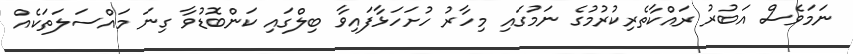
ނަމަވެސް އަބުރު ރައްކާތެރިކުރުމުގެ ނަމުގައި މިހާރު ހުށަހަޅާފައިވާ ބިލްގައި ކަންބޮޑުވާ ގިނަ މައްސަލަތަކެއް